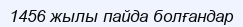
1456 жылы пайда болғандар